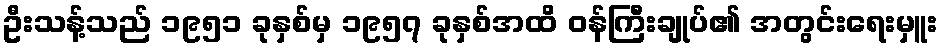
ဦးသန့်သည် ၁၉၅၁ ခုနှစ်မှ ၁၉၅၇ ခုနှစ်အထိ ဝန်ကြီးချုပ်၏ အတွင်းရေးမှူး